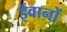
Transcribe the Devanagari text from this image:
ईवानों